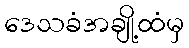
ဒေသခံအချို့ထံမှ